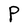
Character: P